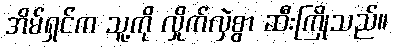
အိမ်ရှင်က သူ့ကို လှိုက်လှဲစွာ ဆီးကြိုသည်။